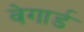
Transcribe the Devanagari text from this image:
वेगार्ड